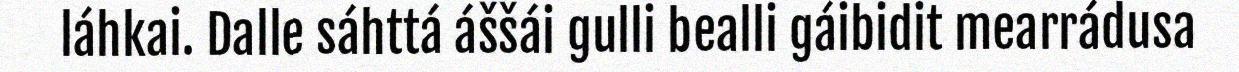
láhkai. Dalle sáhttá áššái gulli bealli gáibidit mearrádusa